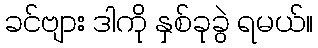
ခင်ဗျား ဒါကို နှစ်ခုခွဲ ရမယ်။